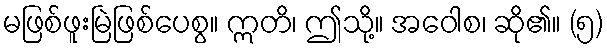
မဖြစ်ဖူးမြဲဖြစ်ပေစွ။ ဣတိ၊ ဤသို့။ အဝေါစ၊ ဆို၏။ (၅)